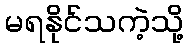
မရနိုင်သကဲ့သို့